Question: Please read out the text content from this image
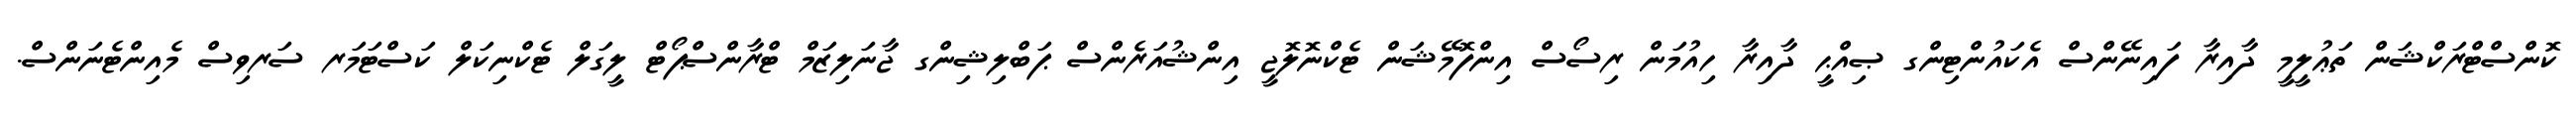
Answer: ކޮންސްޓްރަކްޝަން ތަޢުލީމީ ދާއިރާ ފައިނޭންސް އެކައުންޓިންގ ޞިއްޙީ ދާއިރާ ހިއުމަން ރިސޯސް އިންފޮމޭޝަން ޓެކްނޮލޮޖީ އިންޝުއަރެންސް ޕަބްލިޝިންގ ޖާނަލިޒަމް ޓްރާންސްޕޯޓް ލީގަލް ޓެކްނިކަލް ކަސްޓަމަރ ސަރވިސް މެއިންޓެނަންސް.